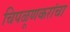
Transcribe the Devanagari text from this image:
चिपळूणकरांचा